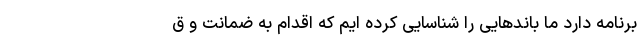
برنامه دارد ما باندهایی را شناسایی کرده ایم که اقدام به ضمانت و ق